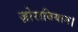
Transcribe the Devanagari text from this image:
ज़ोराबियान।